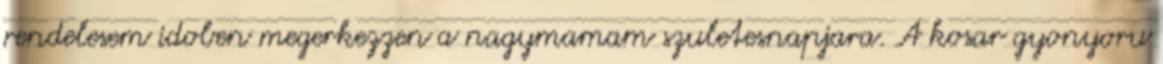
rendelesem idoben megerkezzen a nagymamam szuletesnapjara. A kosar gyonyoru